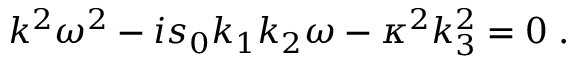
k ^ { 2 } { \omega } ^ { 2 } - i s _ { 0 } k _ { 1 } k _ { 2 } { \omega } - \kappa ^ { 2 } k _ { 3 } ^ { 2 } = 0 \; .